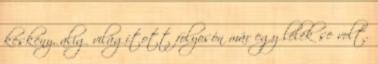
keskeny, alig világított folyosón már egy lélek se volt.